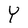
Character: Y